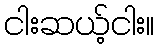
ငါးဆယ့်ငါး။